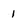
Character: 1